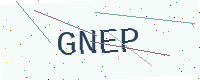
Text: GNEP